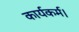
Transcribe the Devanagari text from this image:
कार्यकर्म।